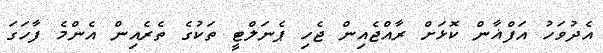
އެދުވަހު އަފްޣާން ކޮޅަށް ރާއްޖެއިން ޖެހި ޕެނަލްޓީ ތަކުގެ ތެރެއިން އެންމެ ފާހަގަ